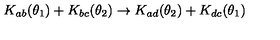
K _ { a b } ( \theta _ { 1 } ) + K _ { b c } ( \theta _ { 2 } ) \rightarrow K _ { a d } ( \theta _ { 2 } ) + K _ { d c } ( \theta _ { 1 } )